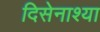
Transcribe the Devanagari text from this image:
दिसेनाश्या